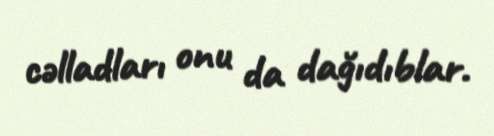
cəlladları onu da dağıdıblar.